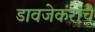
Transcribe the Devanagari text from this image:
डावजेकरांचे